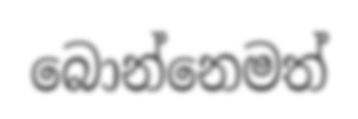
බොන්නෙමත්